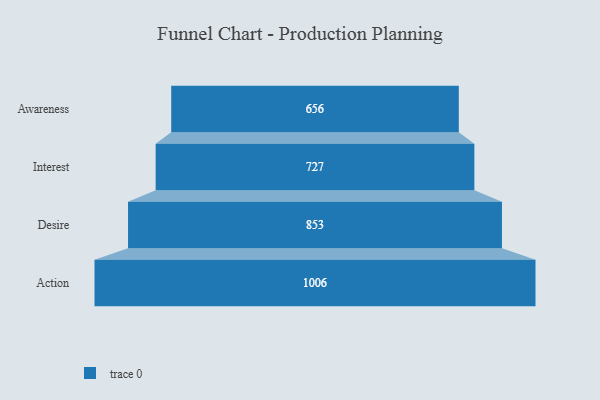
{"axis": {"x": "Stage", "y": "Value"}, "legend": [""], "data": [{"x": "Awareness", "y": 656.0, "type": ""}, {"x": "Interest", "y": 727.0, "type": ""}, {"x": "Desire", "y": 853.0, "type": ""}, {"x": "Action", "y": 1006.0, "type": ""}]}